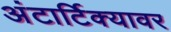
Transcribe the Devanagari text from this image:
अंटार्टिक्यावर